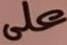
على